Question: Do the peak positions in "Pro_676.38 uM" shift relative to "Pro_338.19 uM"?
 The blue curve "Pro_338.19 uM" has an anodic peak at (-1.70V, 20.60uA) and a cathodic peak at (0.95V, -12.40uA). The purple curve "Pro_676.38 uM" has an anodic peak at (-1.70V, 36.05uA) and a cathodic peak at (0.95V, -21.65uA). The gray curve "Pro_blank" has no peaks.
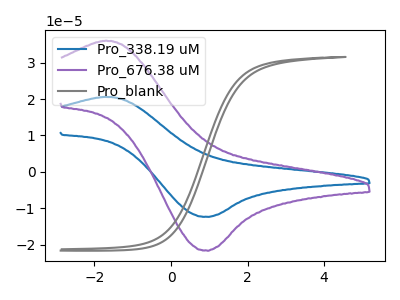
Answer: <think>All the peaks in "Pro_676.38 uM" have a peak in "Pro_338.19 uM" at the same potential. Every peak in "Pro_676.38 uM" is higher than every peak in "Pro_338.19 uM".
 </think>
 <answer>No, "Pro_676.38 uM" and "Pro_338.19 uM" don't appear to be significantly different in shape</answer>
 <eval>no_change</eval>